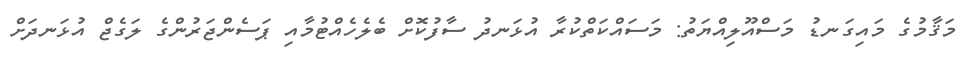
މަޤާމުގެ މައިގަނޑު މަސްއޫލިއްޔަތު: މަސައްކަތްކުރާ އުޅަނދު ސާފުކޮށް ބެލެހެއްޓުމާއި ޕަސެންޖަރުންގެ ލަގެޖް އުޅަނދަށް